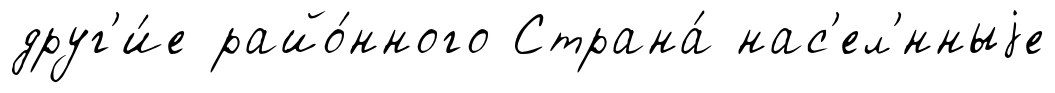
друг'и́е райо́нного Страна́ нас'ел'́нныjе